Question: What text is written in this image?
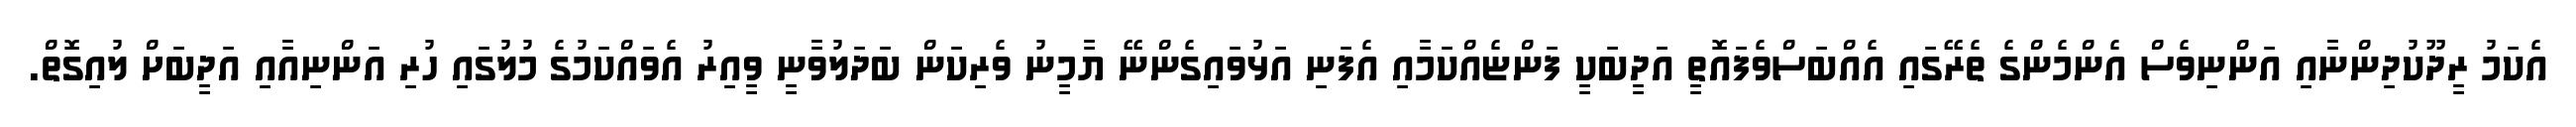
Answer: އެކަމު ރީދޫކުދިންނާއި އަންނިވެސް އެންމެންގެ ތެރޭގައި އެއްބަސްވެފައޮތީ އަދީބަކީ ފަންޏެއްކަމާއި އެފަނި އަޅުވައިގެންނޭ ޔާމީނު ވެރިކަން ބަދަލުވާނީ ވީއިރު އެވައްކަމުގެ މުލުގައި ހުރި އަންނިއާއި އަދީބަށް ލުއިގޮތް.